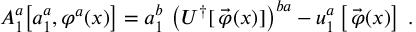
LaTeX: A _ { 1 } ^ { a } \big [ a _ { 1 } ^ { a } , \varphi ^ { a } ( x ) \big ] = a _ { 1 } ^ { b } \, \left( U ^ { \dagger } [ \, \vec { \varphi } ( x ) ] \right) ^ { b a } - u _ { 1 } ^ { a } \left[ \, \vec { \varphi } ( x ) \right] \; .